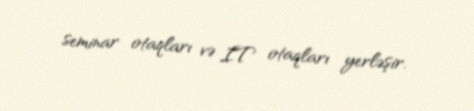
seminar otaqları və IT otaqları yerləşir.